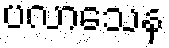
ပလာသေန